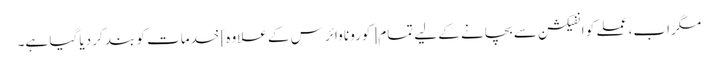
مگر اب، عملے کو انفیکشن سے بچانے کے لیے تمام [کورونا وائرس کے علاوہ] خدمات کو بند کر دیا گیا ہے۔